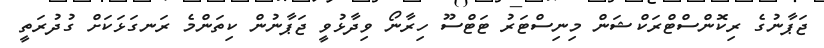
ޖަޕާނުގެ ރިކޮންސްޓްރަކްޝަން މިނިސްޓަރު ޓަޓްސޫ ހިރާނޯ ވިދާޅުވީ ޖަޕާނުން ކިތަންމެ ރަނގަޅަކަށް ގުދުރަތީ